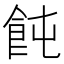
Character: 飩